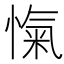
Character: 愾